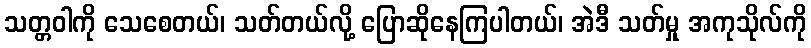
သတ္တဝါကို သေစေတယ်၊ သတ်တယ်လို့ ပြောဆိုနေကြပါတယ်၊ အဲဒီ သတ်မှု အကုသိုလ်ကို